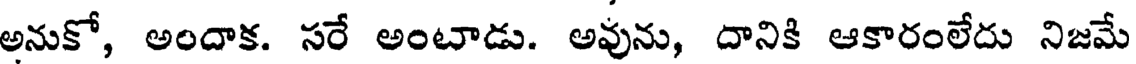
అనుకో, అందాక. సరే అంటాడు. అవును, దానికి ఆకారంలేదు నిజమే